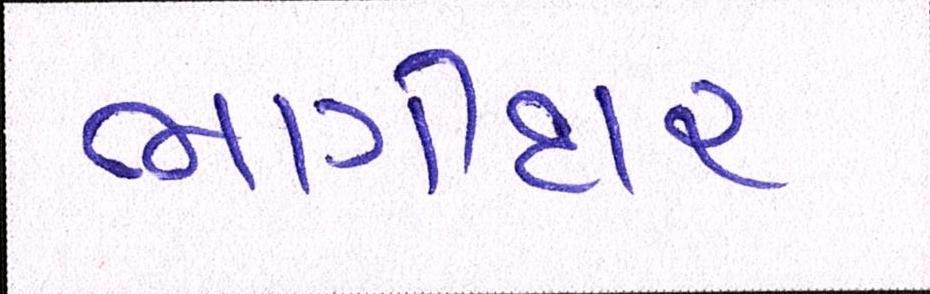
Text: ભાગીદાર